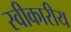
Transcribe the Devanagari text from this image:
स्वीकारीय